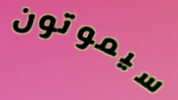
سيموتون